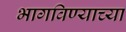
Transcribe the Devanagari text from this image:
भागविण्याच्या